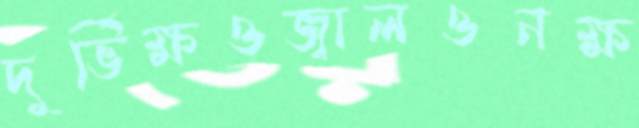
দুর্ভিক্ষওজ্বালওনক্ষ